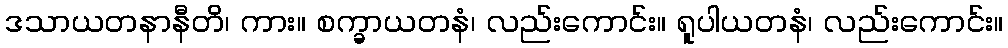
ဒသာယတနာနီတိ၊ ကား။ စက္ခာယတနံ၊ လည်းကောင်း။ ရူပါယတနံ၊ လည်းကောင်း။